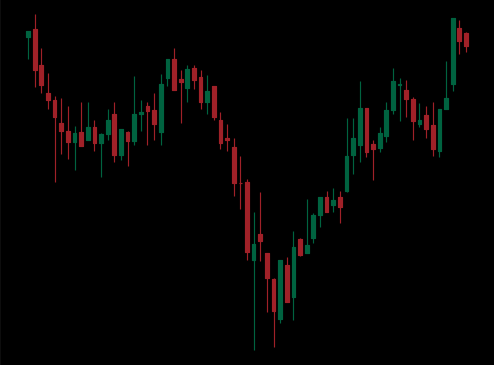
Pattern: inverse_head_shoulders